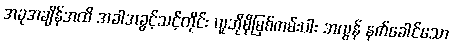
အခုအချိန်အထိ အခါအခွင့်သင့်တိုင်း ယူဘိုမိုမြစ်ကမ်းပါး အလွန် နက်ခေါင်သော